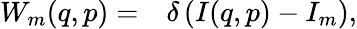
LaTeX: \begin{array}{rl}{W_{m}(q,p)=}&{{}\delta\left(I(q,p)-I_{m}\right),}\end{array}